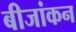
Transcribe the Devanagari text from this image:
बीजांकन